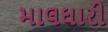
માલઘારી